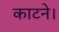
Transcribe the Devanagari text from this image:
काटने।